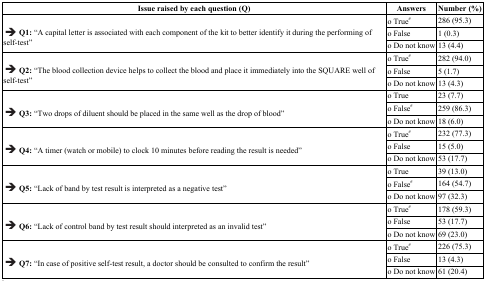
| Issue raised by each question (Q) | Answers | Number (%) |
 | --- | --- | --- |
 | <ROWSPAN=3> →Q1: “A capital letter is associated with each component of the kit to better identify it during the performing of self-test” | o True# | 286 (95.3) |
 | o False | 1 (0.3) |
 | o Do not know | 13 (4.4) |
 | <ROWSPAN=3> →Q2: “The blood collection device helps to collect the blood and place it immediately into the SQUARE well of self-test” | o True# | 282 (94.0) |
 | o False | 5 (1.7) |
 | o Do not know | 13 (4.3) |
 | <ROWSPAN=3> →Q3: “Two drops of diluent should be placed in the same well as the drop of blood” | o True | 23 (7.7) |
 | o False# | 259 (86.3) |
 | o Do not know | 18 (6.0) |
 | <ROWSPAN=3> →Q4: “A timer (watch or mobile) to clock 10 minutes before reading the result is needed” | o True# | 232 (77.3) |
 | o False | 15 (5.0) |
 | o Do not know | 53 (17.7) |
 | <ROWSPAN=3> →Q5: “Lack of band by test result is interpreted as a negative test” | o True | 39 (13.0) |
 | o False# | 164 (54.7) |
 | o Do not know | 97 (32.3) |
 | <ROWSPAN=3> →Q6: “Lack of control band by test result should interpreted as an invalid test” | o True# | 178 (59.3) |
 | o False | 53 (17.7) |
 | o Do not know | 69 (23.0) |
 | <ROWSPAN=3> →Q7: “In case of positive self-test result, a doctor should be consulted to confirm the result” | o True# | 226 (75.3) |
 | o False | 13 (4.3) |
 | o Do not know | 61 (20.4) |